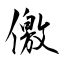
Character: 儌